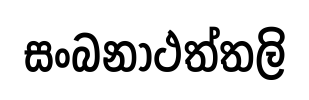
සංබනාථත්තලි